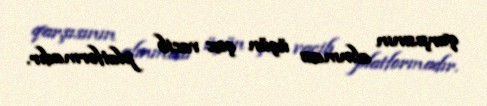
qarşısının alınması üçün çox vacib platformadır.